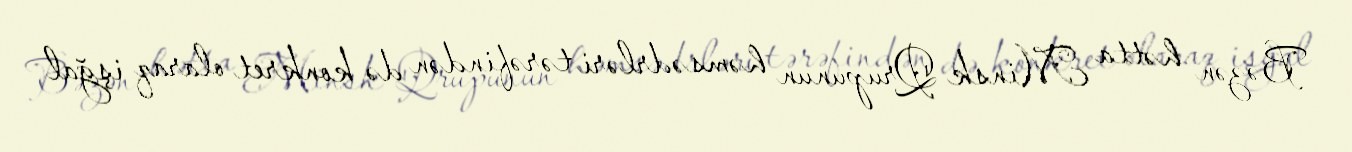
Bəzən hətta Minsk Qrupunun həmsədrləri tərəfindən də konkret olaraq işğal